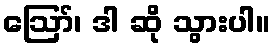
ဪ၊ ဒါ ဆို သွားပါ။